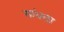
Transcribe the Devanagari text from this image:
सांधला